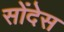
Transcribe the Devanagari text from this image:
सोंदेस